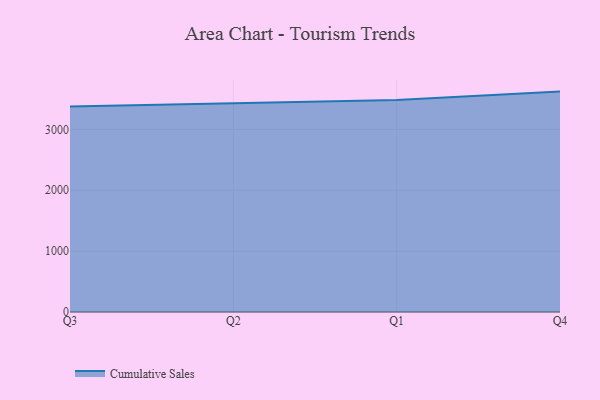
{"axis": {"x": "Quarter", "y": "Latency (ms)"}, "legend": ["Cumulative Sales"], "data": [{"x": "Q3", "y": 3375.2, "type": "Cumulative Sales"}, {"x": "Q2", "y": 3431.3, "type": "Cumulative Sales"}, {"x": "Q1", "y": 3483.1, "type": "Cumulative Sales"}, {"x": "Q4", "y": 3621.1, "type": "Cumulative Sales"}]}